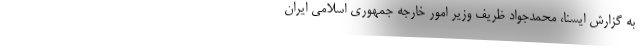
به گزارش ایسنا، محمدجواد ظریف وزیر امور خارجه جمهوری اسلامی ایران